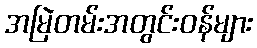
အမြဲတမ်းအတွင်းဝန်များ